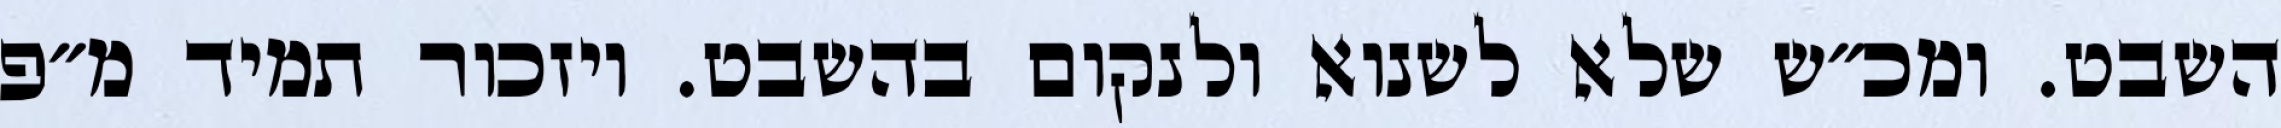
השבט. ומכ״ש שלא לשנוא ולנקום בהשבט. ויזכור תמיד מ״פ